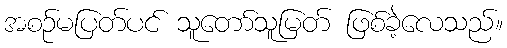
အစဉ်မပြတ်ပင် သူတော်သူမြတ် ဖြစ်ခဲ့လေသည်။